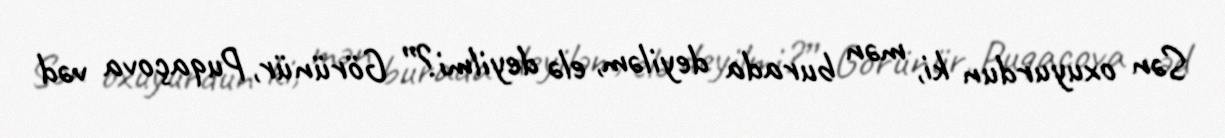
Sən oxuyurdun ki, mən burada deyiləm, elə deyilmi?” Görünür, Puqaçova vəd